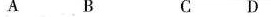
A B C D